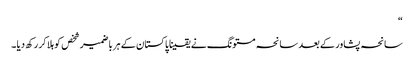
“
سانحہ پشاور کے بعد سانحہ مستونگ نے یقینا پاکستان کے ہر باضمیر شخص کو ہلا کر رکھ دیا ۔